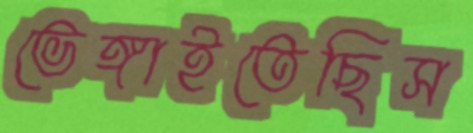
ভেঙ্গাইতেছিস